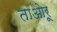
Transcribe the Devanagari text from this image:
ताओरू